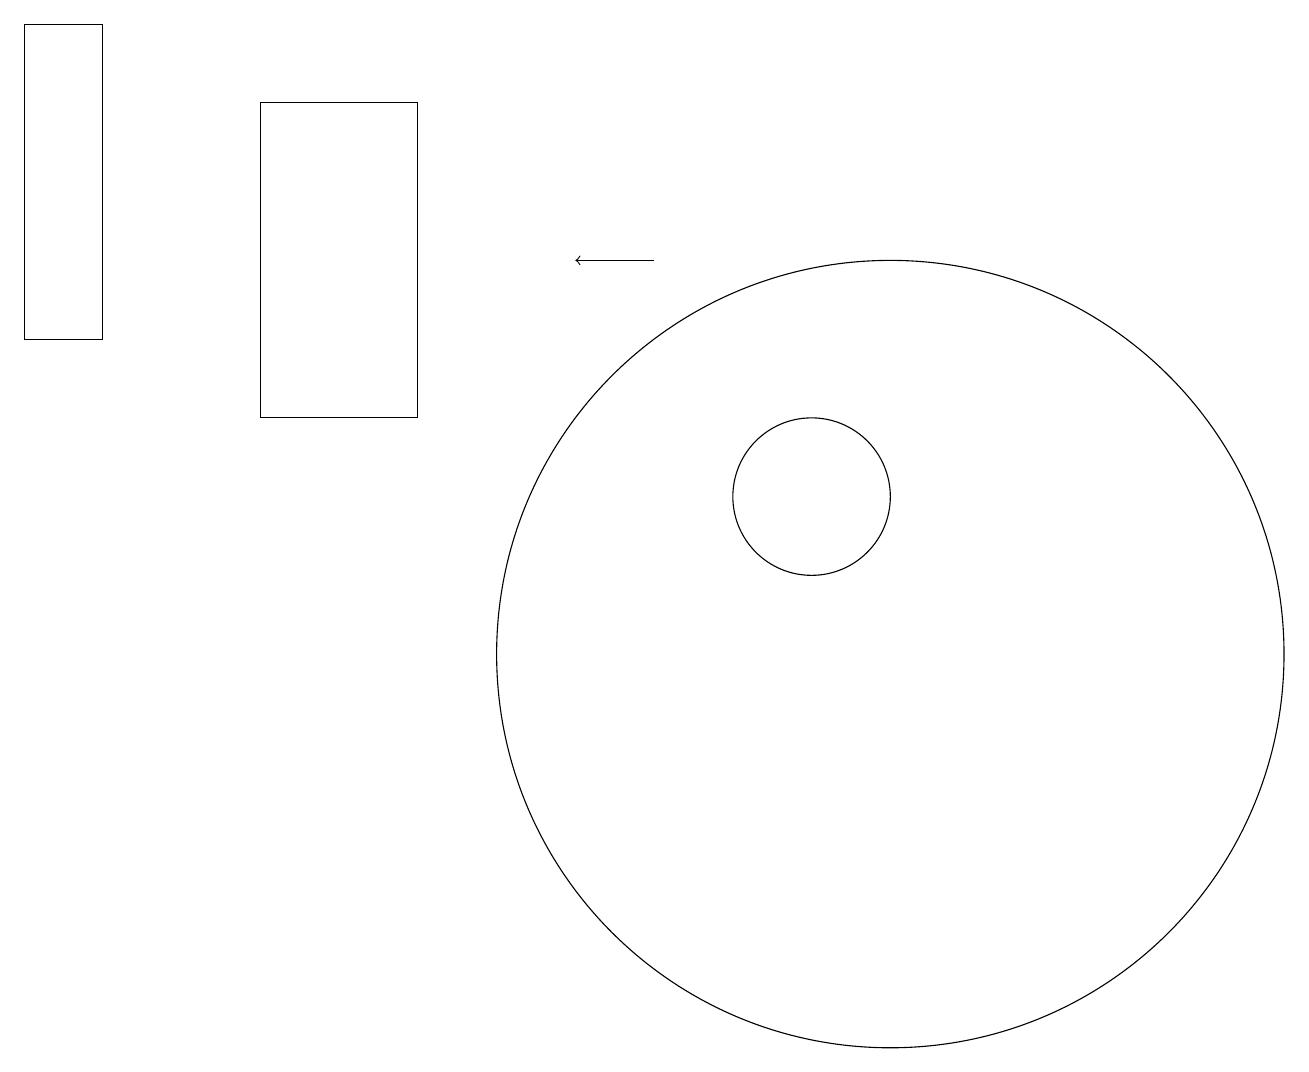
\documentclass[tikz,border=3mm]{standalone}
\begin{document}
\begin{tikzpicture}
\draw (11,10) circle (5);
\draw (10,12) circle (1);
\draw (3,13) rectangle (5,17);
\draw[->] (8,15) -- (7,15);
\draw (10,10) circle (0);
\draw (0,14) rectangle (1,18);
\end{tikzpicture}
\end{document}